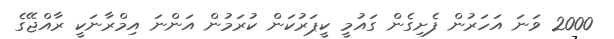
2000 ވަނަ އަހަރުން ފެށިގެން ގައުމީ ކީޕަރުކަން ކުރަމުން އަންނަ އިމްރާނަކީ ރާއްޖޭގެ